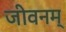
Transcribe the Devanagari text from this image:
जीवनम्